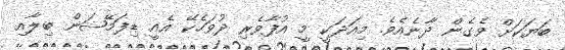
ބަޔަކަށް ވެގެން ދާނެއެވެ. މިއަަދަކީ މީ އުފާވެރި ދުވަހެކޭ އެއީ ޑިފަމޭޝަން ބިލާއި